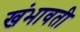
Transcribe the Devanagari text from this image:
खंभावती